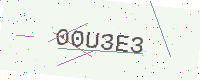
Text: 00U3E3